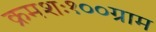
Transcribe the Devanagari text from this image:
क्रमशः१००ग्राम